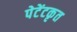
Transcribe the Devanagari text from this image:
पेटेंटकृत